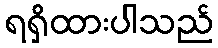
ရရှိထားပါသည်